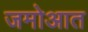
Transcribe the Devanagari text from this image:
जमोआत